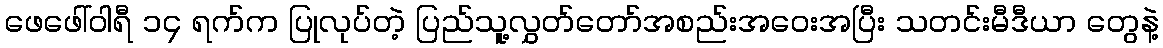
ဖေဖေါ်ဝါရီ ၁၄ ရက်က ပြုလုပ်တဲ့ ပြည်သူ့လွှတ်တော်အစည်းအဝေးအပြီး သတင်းမီဒီယာ တွေနဲ့